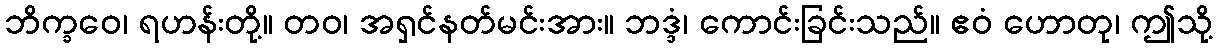
ဘိက္ခဝေ၊ ရဟန်းတို့။ တဝ၊ အရှင်နတ်မင်းအား။ ဘဒ္ဒံ၊ ကောင်းခြင်းသည်။ ဧဝံ ဟောတု၊ ဤသို့